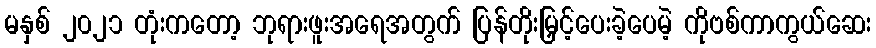
မနှစ် ၂၀၂၁ တုံးကတော့ ဘုရားဖူးအရေအတွက် ပြန်တိုးမြှင့်ပေးခဲ့ပေမဲ့ ကိုဗစ်ကာကွယ်ဆေး